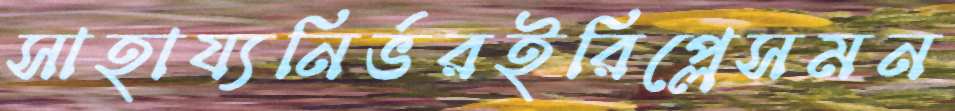
সাহায্যনির্ভরইরিপ্লেসমন